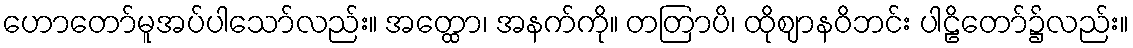
ဟောတော်မူအပ်ပါသော်လည်း။ အတ္ထော၊ အနက်ကို။ တတြာပိ၊ ထိုဈာနဝိဘင်း ပါဠိတော်၌လည်း။